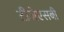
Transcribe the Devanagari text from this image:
टीजेएसबी